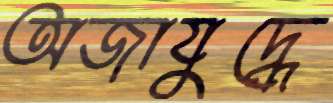
অজাযুদ্ধে